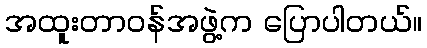
အထူးတာဝန်အဖွဲ့က ပြောပါတယ်။